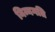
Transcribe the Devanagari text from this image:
निम्नगति